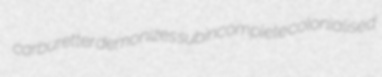
carburetter demonizes subincomplete colonialised